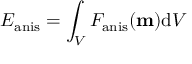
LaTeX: E _ { \mathrm { a n i s } } = \int _ { V } F _ { \mathrm { a n i s } } ( \mathbf { m } ) \mathrm { d } V